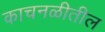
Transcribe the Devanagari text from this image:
काचनळीतील